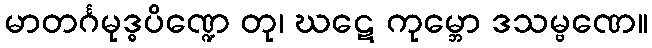
မာတင်္ဂမုဒ္ဓပိဏ္ဍေ တု၊ ဃဋေ ကုမ္ဘော ဒသမ္ဗဏေ။